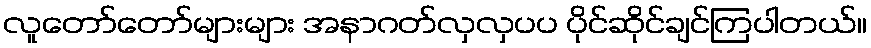
လူတော်တော်များများ အနာဂတ်လှလှပပ ပိုင်ဆိုင်ချင်ကြပါတယ်။